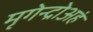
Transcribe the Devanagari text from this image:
मृगेन्द्रोअहं